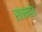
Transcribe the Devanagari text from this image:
संतमहंत